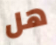
هل